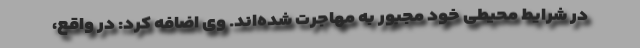
در شرایط محیطی خود مجبور به مهاجرت شده‌اند. وی اضافه کرد: در واقع،